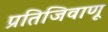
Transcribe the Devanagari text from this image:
प्रतिजिवाणू